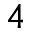
4